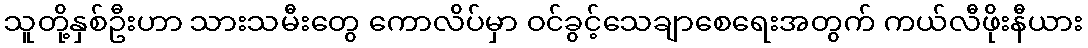
သူတို့နှစ်ဦးဟာ သားသမီးတွေ ကောလိပ်မှာ ဝင်ခွင့်သေချာစေရေးအတွက် ကယ်လီဖိုးနီယား